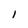
Character: 1